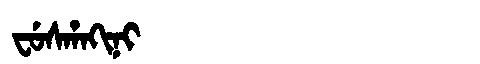
Manchu: ᠸᡠᠰᡥᠠᡴᡳᠨᡳ
Romanization: FUSHAKINI